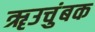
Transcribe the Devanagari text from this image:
ॠउचुंबक